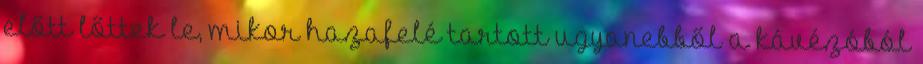
előtt lőttek le, mikor hazafelé tartott ugyanebből a kávézóból